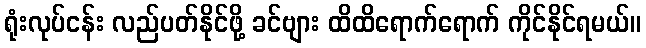
ရုံးလုပ်ငန်း လည်ပတ်နိုင်ဖို့ ခင်ဗျား ထိထိရောက်ရောက် ကိုင်နိုင်ရမယ်။